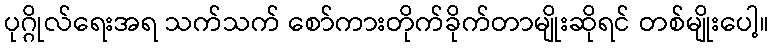
ပုဂ္ဂိုလ်ရေးအရ သက်သက် စော်ကားတိုက်ခိုက်တာမျိုးဆိုရင် တစ်မျိုးပေါ့။